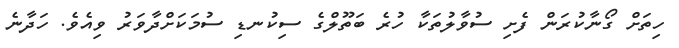
ހިތަށް ގޯނާކުރަން ފެށި ސުވާލުތަކާ ހުރެ ބަތޫލްގެ ސިކުނޑި ސުމަކަށްދާވަރު ވިއެވެ. ހަދާނެ